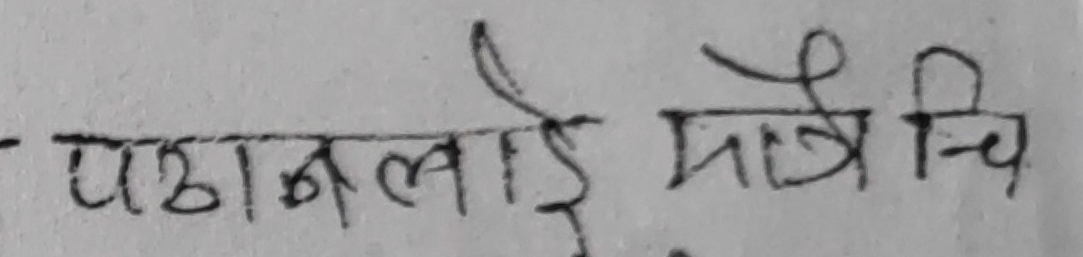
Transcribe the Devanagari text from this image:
पाठनलई मात्र चि